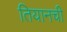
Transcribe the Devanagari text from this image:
तियानची